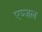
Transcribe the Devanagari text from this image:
एञ्जल